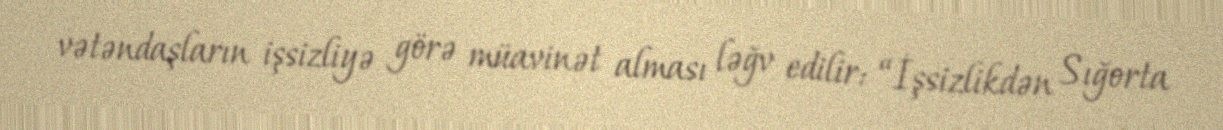
vətəndaşların işsizliyə görə müavinət alması ləğv edilir: “İşsizlikdən Sığorta